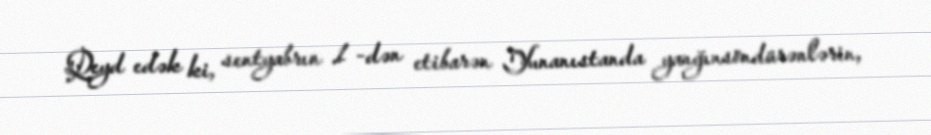
Qeyd edək ki, sentyabrın 1 -dən etibarən Yunanıstanda yanğınsöndürənlərin,